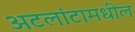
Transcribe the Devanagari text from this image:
अटलांटामधील